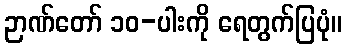
ဉာဏ်တော် ၁၀-ပါးကို ရေတွက်ပြပုံ။